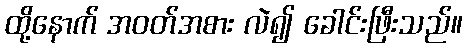
ထို့နောက် အဝတ်အစား လဲ၍ ခေါင်းဖြီးသည်။